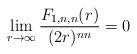
LaTeX: \begin{align*} \lim\limits_{r \to \infty} \dfrac{F_{1,n,n}(r)}{(2r)^{nn}} = 0\end{align*}